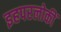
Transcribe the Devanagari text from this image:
इहपरलोकीं